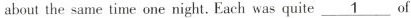
about the same time one night. Each was quite\underline{1} of